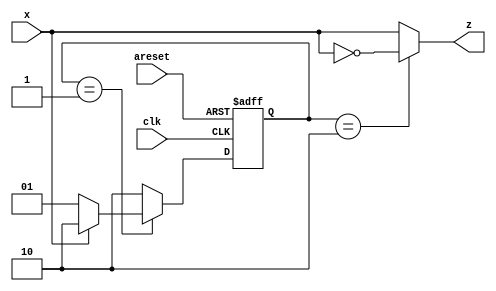
//https://hdlbits.01xz.net/wiki/Exams/ece241_2014_q5b

module top_module (
    input clk,
    input areset,
    input x,
    output z
); 

    parameter NOONE = 2'b01, ONE = 2'b10;

    reg [1:0]state;
    reg [1:0]next_state;


    always @(*) begin
        if(state == NOONE)begin
            next_state = (x)? ONE:NOONE;
        end
        else begin
            next_state = ONE;
        end
    end

    always @(posedge clk ,posedge areset) begin
        if(areset)
            state <= NOONE;
        else
            state <= next_state;
    end

    assign z = (state == ONE)? ~x:x;
endmodule